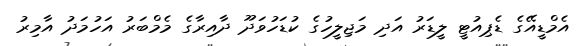
އެމްޑީއޭގެ ޑެޕިއުޓީ ލީޑަރު އަދި މަޖިލީހުގެ ކުޑަހުވަދޫ ދާއިރާގެ މެމްބަރު އަހުމަދު އާމިރު